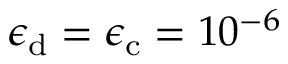
\epsilon _ { \mathrm { d } } = \epsilon _ { \mathrm { c } } = 1 0 ^ { - 6 }